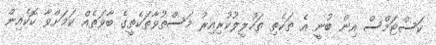
ކަސްޓަމްސް އިން ބުނީ އެ ތަކެތި ތަހުލީލުކުރިއިރު މަސްތުވާތަކެތީގެ ބާވަތެއް ކަމަށްވާ ކޮކެއިން